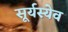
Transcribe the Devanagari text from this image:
सूर्यस्येव